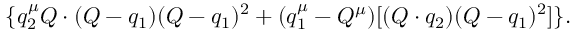
\{ q _ { 2 } ^ { \mu } Q \cdot ( Q - q _ { 1 } ) ( Q - q _ { 1 } ) ^ { 2 } + ( q _ { 1 } ^ { \mu } - Q ^ { \mu } ) [ ( Q \cdot q _ { 2 } ) ( Q - q _ { 1 } ) ^ { 2 } ] \} .